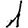
Digit: 1